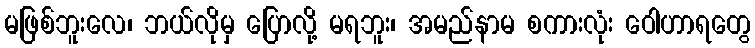
မဖြစ်ဘူးလေ၊ ဘယ်လိုမှ ပြောလို့ မရဘူး၊ အမည်နာမ စကားလုံး ဝေါဟာရတွေ